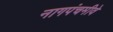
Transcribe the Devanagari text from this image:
नागपंचमीवे